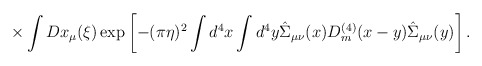
\begin{align*}\times\int Dx_\mu(\xi)\exp\left[-(\pi\eta)^2\int d^4x\int d^4y\hat\Sigma_{\mu\nu}(x)D_m^{(4)}(x-y)\hat\Sigma_{\mu\nu}(y)\right].\end{align*}